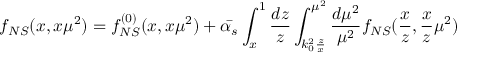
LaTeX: f _ { N S } ( x , x \mu ^ { 2 } ) = f _ { N S } ^ { ( 0 ) } ( x , x \mu ^ { 2 } ) + \bar { \alpha _ { s } } \int _ { x } ^ { 1 } \frac { d z } { z } \int _ { k _ { 0 } ^ { 2 } \frac { z } { x } } ^ { \mu ^ { 2 } } \frac { d \mu ^ { 2 } } { \mu ^ { 2 } } f _ { N S } ( \frac { x } { z } , \frac { x } { z } \mu ^ { 2 } )